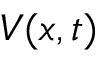
V ( x , t )